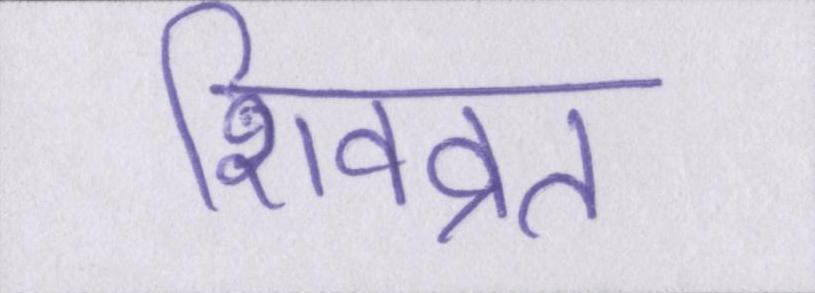
शिवव्रत